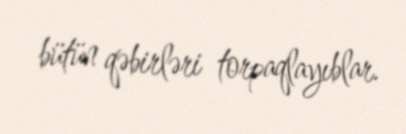
bütün qəbirləri torpaqlayıblar.